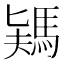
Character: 𩣎